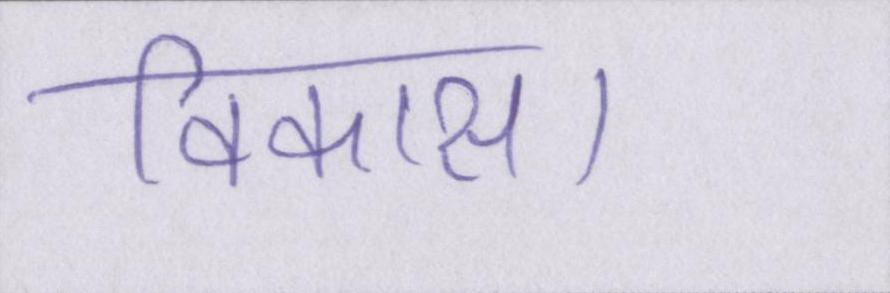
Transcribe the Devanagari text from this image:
विकास।